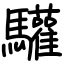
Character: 驩